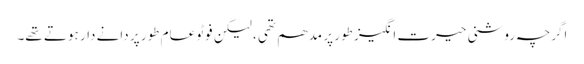
اگرچہ روشنی حیرت انگیز طور پر مدھم تھی ، لیکن فوٹو عام طور پر دانے دار ہوتے تھے۔